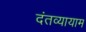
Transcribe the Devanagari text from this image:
दंतव्यायाम